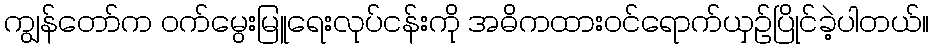
ကျွန်တော်က ဝက်မွေးမြူရေးလုပ်ငန်းကို အဓိကထားဝင်ရောက်ယှဉ်ပြိုင်ခဲ့ပါတယ်။